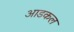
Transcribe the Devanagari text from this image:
आडकल